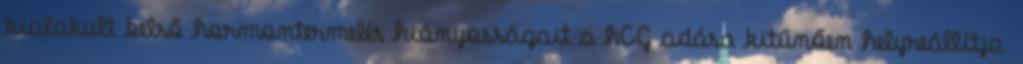
kialakult belső hormontermelés hiányosságait a hCG adása kitűnően helyreállítja.